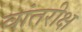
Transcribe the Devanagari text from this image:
वांतरीक्ष